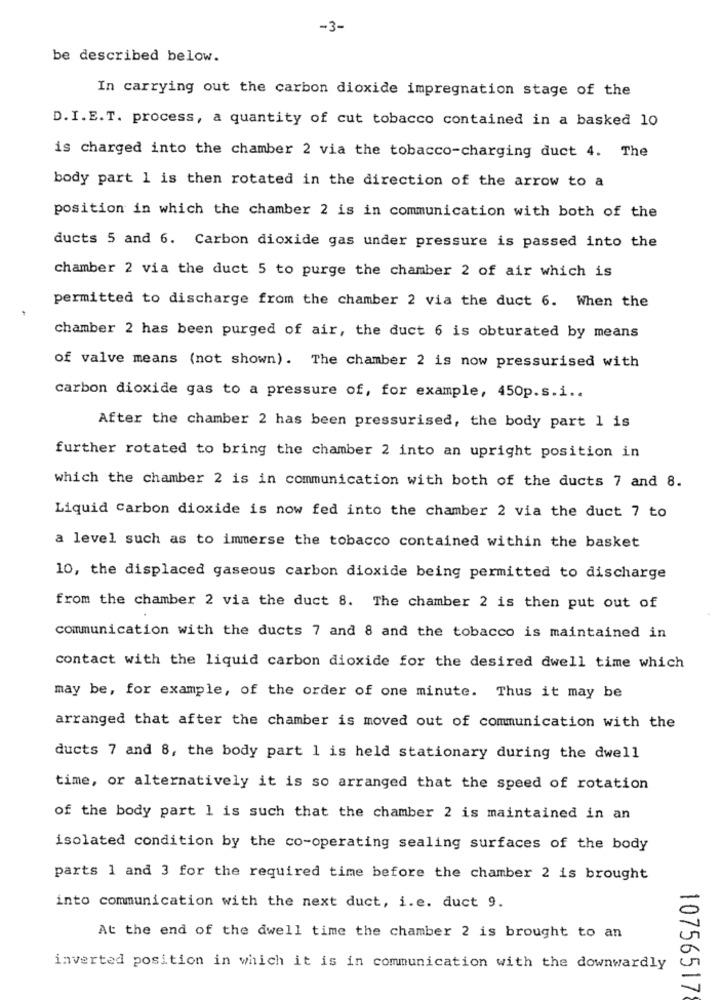
-3-
be described below.
In carrying out the carbon dioxide impregnation stage of the
D. I.E.T. process, a quantity of cut tobacco contained in a basked 10
is charged into the chamber 2 via the tobacco-charging duct 4. The
body part 1 is then rotated in the direction of the arrow to a
position in which the chamber 2 is in communication with both of the
ducts 5 and 6. Carbon dioxide gas under pressure is passed into the
chamber 2 via the duct 5 to purge the chamber 2 of air which is
permitted to discharge from the chamber 2 via the duct 6. When the
chamber 2 has been purged of air, the duct 6 is obturated by means
of valve means (not shown). The chamber 2 is now pressurised with
carbon dioxide gas to a pressure of, for example, 450p.s.i ..
After the chamber 2 has been pressurised, the body part 1 is
further rotated to bring the chamber 2 into an upright position in
which the chamber 2 is in communication with both of the ducts 7 and 8.
Liquid Carbon dioxide is now fed into the chamber 2 via the duct 7 to
a level such as to immerse the tobacco contained within the basket
10, the displaced gaseous carbon dioxide being permitted to discharge
from the chamber 2 via the duct 8. The chamber 2 is then put out of
communication with the ducts 7 and 8 and the tobacco is maintained in
contact with the liquid carbon dioxide for the desired dwell time which
may be, for example, of the order of one minute. Thus it may be
arranged that after the chamber is moved out of communication with the
ducts 7 and 8, the body part 1 is held stationary during the dwell
time, or alternatively it is so arranged that the speed of rotation
of the body part 1 is such that the chamber 2 is maintained in an
isolated condition by the co-operating sealing surfaces of the body
parts 1 and 3 for the required time before the chamber 2 is brought
into communication with the next duct, i.e. duct 9.
At the end of the dwell time the chamber 2 is brought to an
inverted position in which it is in communication with the downwardly
10756517